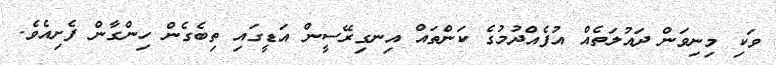
ވަކި މިނިވަން ދައުލަތެއް އުފެއްދުމުގެ ކަންތައް އިނގިރޭސީން އަޑީގައި ތިބެގެން ހިންގާން ފެށިއެވެ.